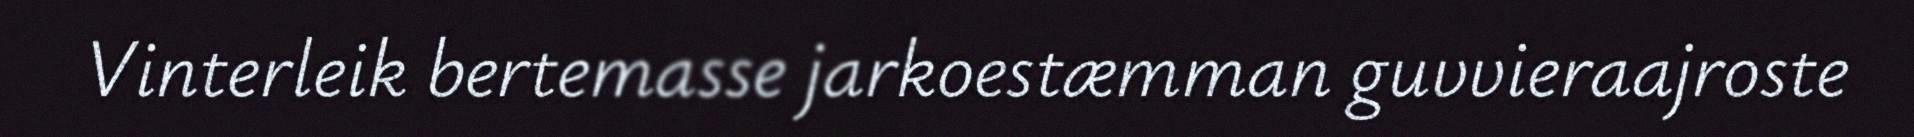
Vinterleik bertemasse jarkoestæmman guvvieraajroste